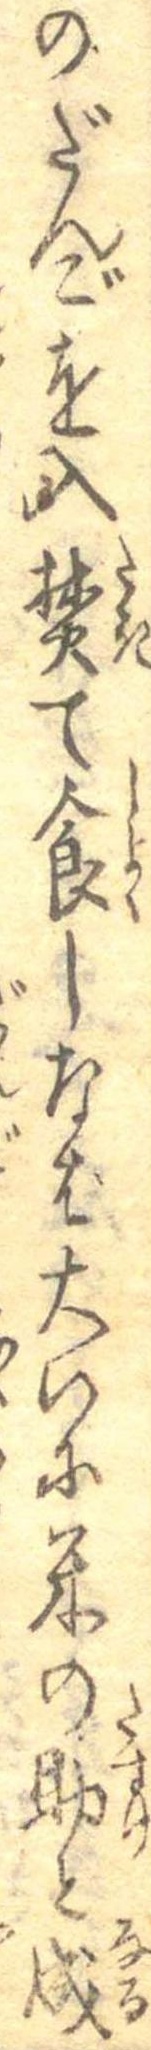
のだんごを入焚て食しなば大いに米の助と成